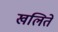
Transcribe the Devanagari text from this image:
खलिते